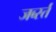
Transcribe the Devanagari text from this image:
जर्ब्स्त